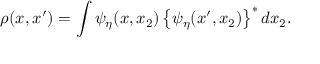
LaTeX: \rho ( x , x ^ { \prime } ) = \int \psi _ { \eta } ( x , x _ { 2 } ) \left\{ \psi _ { \eta } ( x ^ { \prime } , x _ { 2 } ) \right\} ^ { * } d x _ { 2 } .